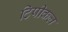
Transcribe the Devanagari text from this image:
टिपीकल